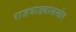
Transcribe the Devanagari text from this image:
राजवाड्यासमोर